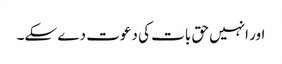
اور انہیں حق بات کی دعوت دے سکے۔